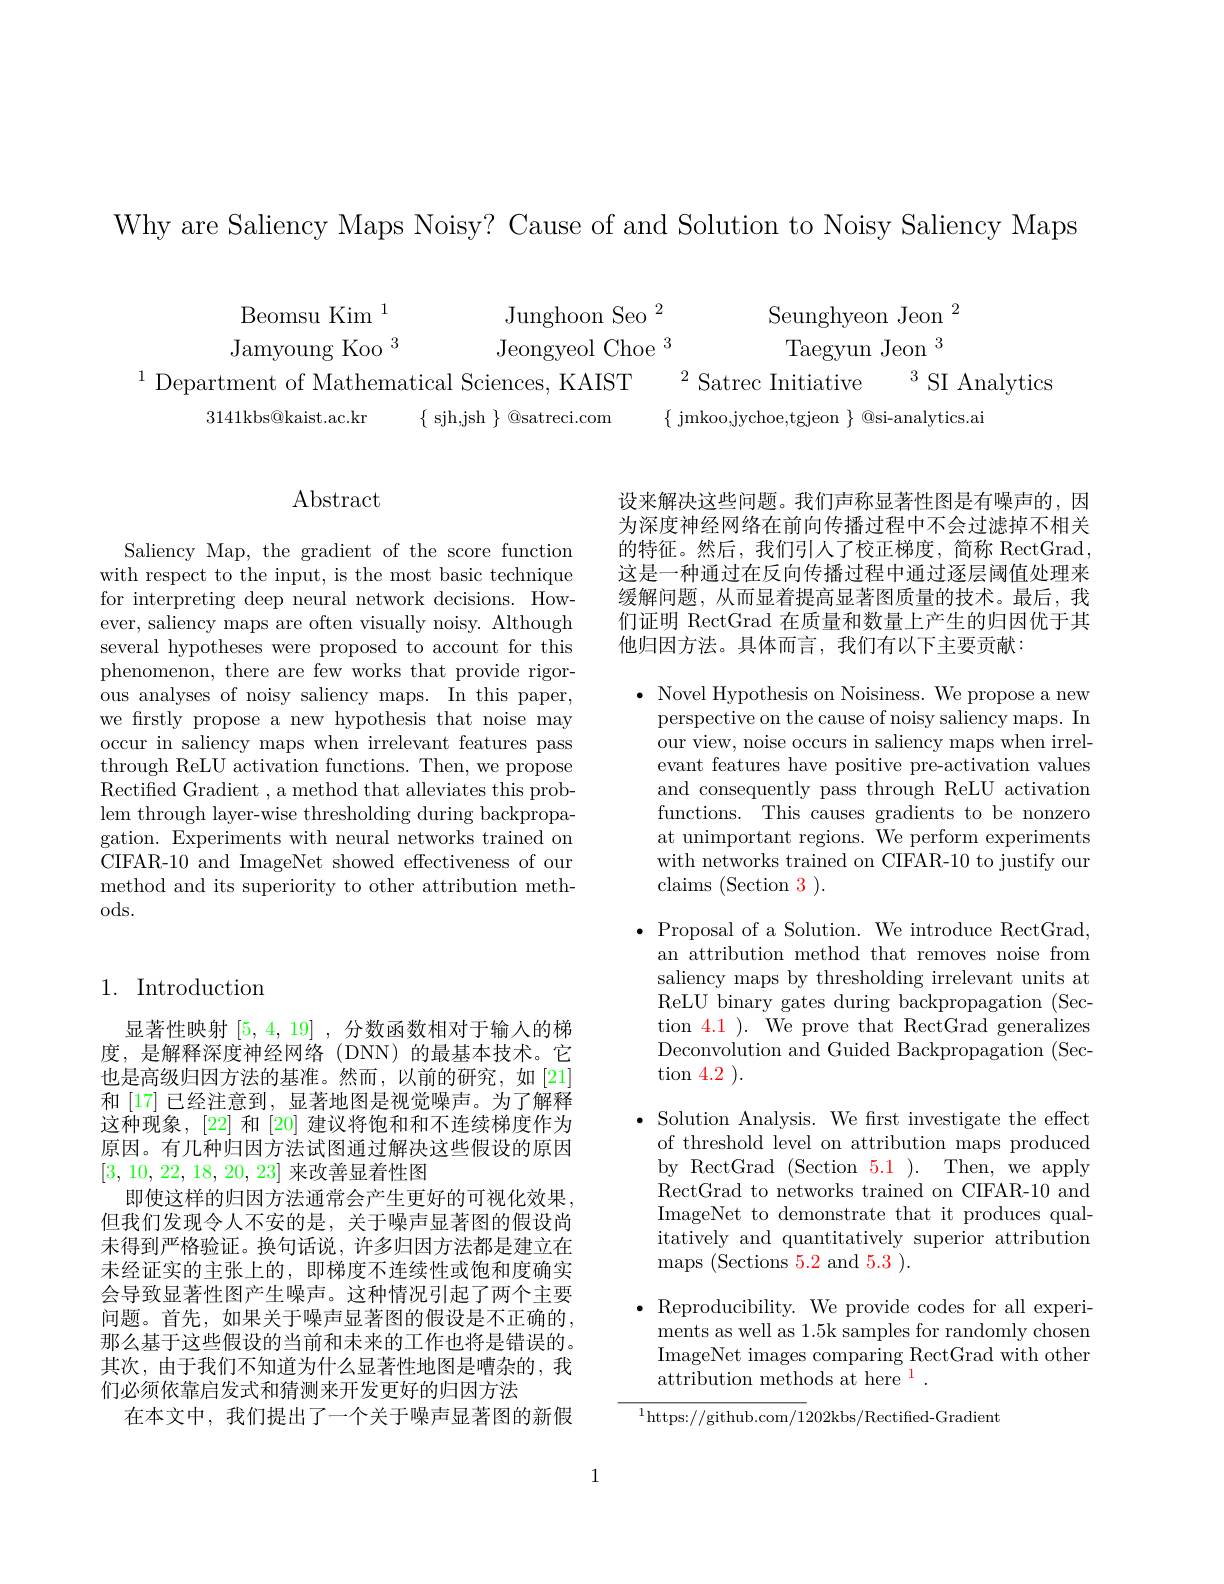
Why are Saliency Maps Noisy? Cause of and Solution to Noisy Saliency Maps

Beomsu Kim 1
Junghoon Seo $^2$
$\begin{array}{c}\text{Seunghyeon Jeon}\\\text{Taegyun Jeon}\end{array}^2$
Jamyoung Koo $^{3}$
Jeongyeol Choe $^3$
$^{1}$Department of Mathematical Sciences, KAIST$^2$Satrec Initiative$^3$SI Analytics
3141kbs@kaist.ac.kr
$\{\begin{array}{c}{\mathrm{sjh,jsh~}}\\\end{array}\}\begin{array}{c}{\textcircled {Q}}{\mathrm{satreci.com}}\\\end{array}$
$\{$ jmkoo,jychoe,tgjeon $\}$ @si-analytics.ai

## $\operatorname{Abstract}$

Saliency Map, the gradient of the score function with respect to the input, is the most basic technique for interpreting deep neural network decisions. However, saliency maps are often visually noisy. Although several hypotheses were proposed to account for this phenomenon, there are few works that provide rigorous analyses of noisy saliency maps. In this paper, we frstly propose a new hypothesis that noise may occur in saliency maps when irrelevant features pass through ReLU activation functions. Then, we propose Rectified Gradient , a method that alleviates this problem through layer-wise thresholding during backpropagation. Experiments with neural networks trained on CIFAR-10 and ImageNet showed effectiveness of our method and its superiority to other attribution methods.

## 1. Introduction

显著性映射[5,4,19] ,分数函数相对于输人的梯度，是解释深度神经网络(DNN)的最基本技术。它也是高级归因方法的基准。然而，以前的研究，如[21] 和[17]已经注意到，显著地图是视觉噪声。为了解释这种现象，[22]和 [20] 建议将饱和和不连续梯度作为原因。有几种归因方法试图通过解决这些假设的原因$\left[3,\:10,\:22,\:18,\:20,\:23\right]$来改善显着性图
即使这样的归因方法通常会产生更好的可视化效果， 但我们发现令人不安的是，关于噪声显著图的假设尚末得到严格验证。换句话说，许多归因方法都是建立在未经证实的主张上的，即梯度不连续性或饱和度确实会导致显著性图产生噪声。这种情况引起了两个主要问题。首先，如果关于噪声显著图的假设是不正确的， 那么基于这些假设的当前和未来的工作也将是错误的。其次，由于我们不知道为什么显著性地图是嘈杂的，我们必须依靠启发式和猜测来开发更好的归因方法
在本文中，我们提出了一个关于噪声显著图的新假

设来解决这些问题。我们声称显著性图是有噪声的，因为深度神经网络在前向传播过程中不会过滤掉不相关的特征。然后，我们引人了校正梯度，简称 RectGrad, 这是一种通过在反向传播过程中通过逐层阈值处理来缓解问题，从而显着提高显著图质量的技术。最后，我们证明 RectGrad 在质量和数量上产生的归因优于其他归因方法。具体而言，我们有以下主要贡献：

$\bullet$ Novel Hypothesis on Noisiness. We propose a new
perspective on the cause of noisy saliency maps. In our view, noise occurs in saliency maps when irrelevant features have positive pre-activation values and consequently pass through ReLU activation functions. This causes gradients to be nonzero at unimportant regions. We perform experiments with networks trained on CIFAR-10 to justify our claims (Section 3).

$\bullet$ Proposal of a Solution. We introduce RectGrad,
an attribution method that removes noise from saliency maps by thresholding irrelevant units at ReLU binary gates during backpropagation (Section $\color{red}{4.1}$ ). We prove that RectGrad generalizes Deconvolution and Guided Backpropagation (Section 4.2 ).

$\bullet$ Solution Analysis. We frst investigate the effect
of threshold level on attribution maps produced by RectGrad (Section 5.1 ). Then, we apply RectGrad to networks trained on CIFAR-10 and ImageNet to demonstrate that it produces qualitatively and quantitatively superior attribution maps (Sections 5.2 and 5.3 ).

$\bullet$ Reproducibility. We provide codes for all experi-
ments as well as 1.5k samples for randomly chosen ImageNet images comparing RectGrad with other attribution methods at here $^1.$

$^{1}$https://github.com/1202kbs/Rectified-Gradient

1